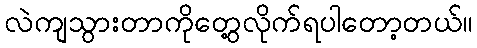
လဲကျသွားတာကိုတွေ့လိုက်ရပါတော့တယ်။